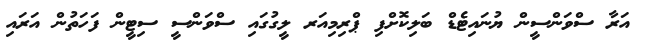
އަރާ ސްވަންސީން ޔުނައިޓެޑް ބަލިކޮށްފި ޕްރިމިއަރ ލީގުގައި ސްވަންސީ ސިޓީން ފަހަތުން އަރައި